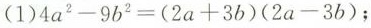
( $$(1)4a^{2} - 9b^{2} = (2a + 3b)(2a - 3$$ )；